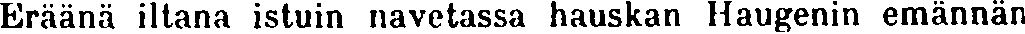
Eräänä iltana istuin navetassa hauskan Haugenin emännän